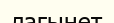
лағынет